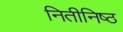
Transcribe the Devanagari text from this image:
नितीनिष्ठ